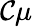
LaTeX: \mathcal C\mu